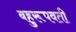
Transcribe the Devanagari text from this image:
बहुरूपवती